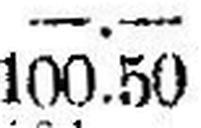
100.50